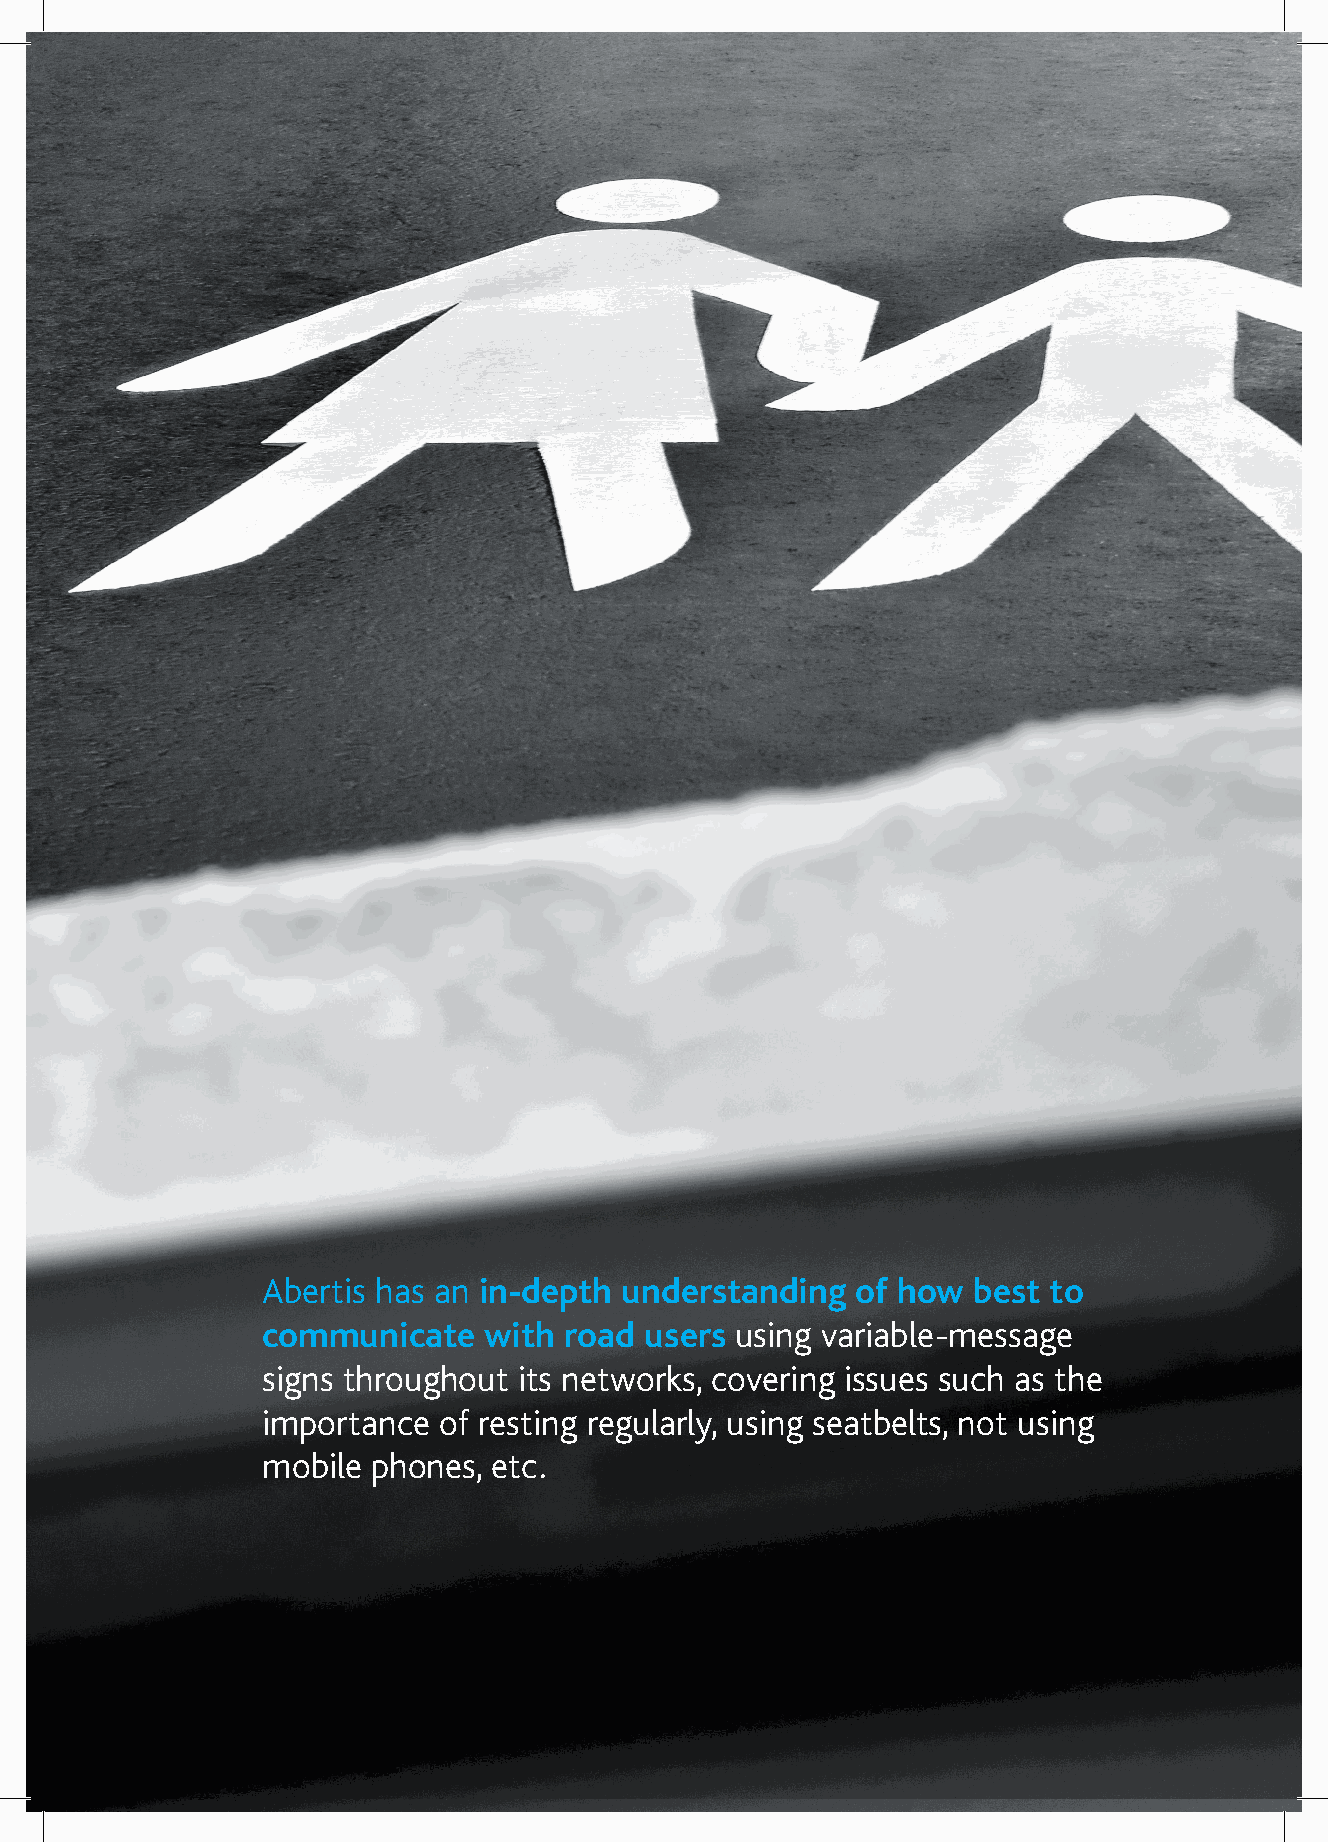
Abertis has an in-depth understanding   of how best to
 communicate    with road  users using variable-message
 signs throughout its networks, covering issues such as the
 importance  of resting regularly, using seatbelts, not using
 mobile  phones, etc.